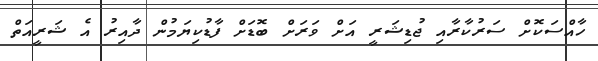
ހާއްސަކޮށް ސަރުކާރާއި ޖުޑިޝަރީ އަށް ވަރަށް ބޮޑަށް ފާޑުކިޔަމުން ދާއިރު އެ ޝަރީއަތް